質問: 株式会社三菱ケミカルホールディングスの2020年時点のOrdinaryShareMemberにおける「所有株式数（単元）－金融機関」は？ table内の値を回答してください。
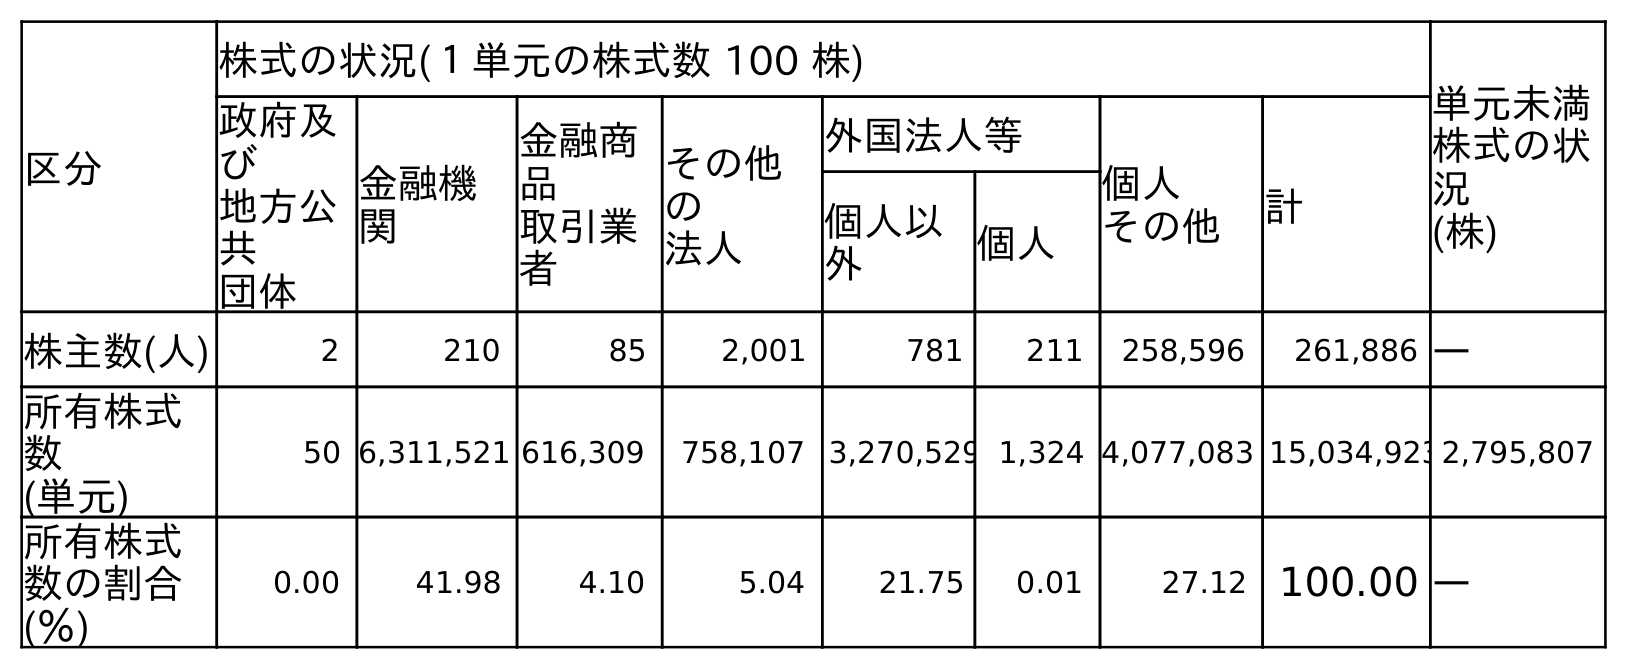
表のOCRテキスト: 区分 株式の状況(１単元の株式数 100 株) 単元未満 株式の状 況 (株) 政府及 び 地方公 共 団体 金融機 関 金融商 品 取引業 者 その他 の 法人 外国法人等 個人 その他 計 個人以 外 個人 株主数(人) 2 210 85 2,001 781 211 258,596 261,886 ― 所有株式 数 (単元) 50 6,311,521 616,309 758,107 3,270,529 1,324 4,077,083 15,034,9232,795,807 所有株式 数の割合 (％) 0.00 41.98 4.10 5.04 21.75 0.01 27.12 100.00 ―
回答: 6,311,521